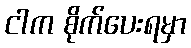
ငါက စိုက်ပေးရမှာ